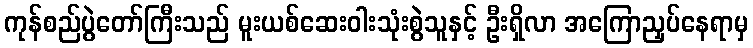
ကုန်စည်ပွဲတော်ကြီးသည် မူးယစ်ဆေးဝါးသုံးစွဲသူနှင့် ဦးရှိလာ အကြောညှပ်နေရာမှ